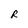
Character: R